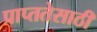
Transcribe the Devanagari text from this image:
प्राप्ततेसाठी